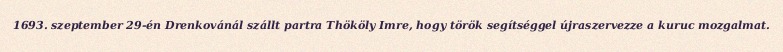
1693. szeptember 29-én Drenkovánál szállt partra Thököly Imre, hogy török segítséggel újraszervezze a kuruc mozgalmat.